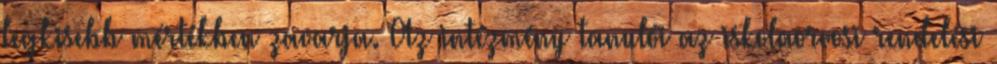
legkisebb mértékben zavarja. Az intézmény tanulói az iskolaorvosi rendelési